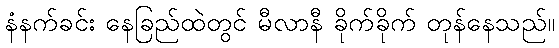
နံနက်ခင်း နေခြည်ထဲတွင် မီလာနီ ခိုက်ခိုက် တုန်နေသည်။